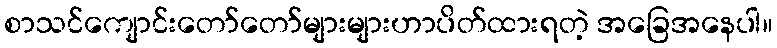
စာသင်ကျောင်းတော်တော်များများဟာပိတ်ထားရတဲ့ အခြေအနေပါ။